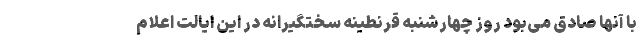
با آنها صادق می‌بود روز چهارشنبه قرنطینه سختگیرانه در این ایالت اعلام